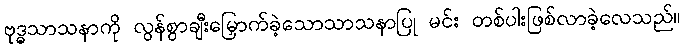
ဗုဒ္ဓသာသနာကို လွန်စွာချီးမြှောက်ခဲ့သောသာသနာပြု မင်း တစ်ပါးဖြစ်လာခဲ့လေသည်။